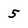
Character: 5